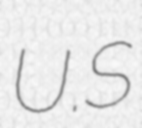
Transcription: U.S